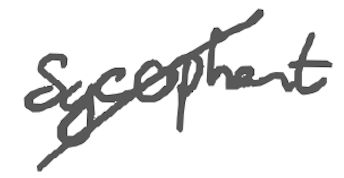
Text: Sycophant
Cross-out: diagonal
Writing tool: digital_gray